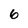
Character: 6